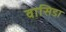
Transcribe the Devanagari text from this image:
वासिडा